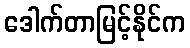
ဒေါက်တာမြင့်နိုင်က